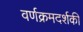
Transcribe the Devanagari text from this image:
वर्णक्रमदर्शकी